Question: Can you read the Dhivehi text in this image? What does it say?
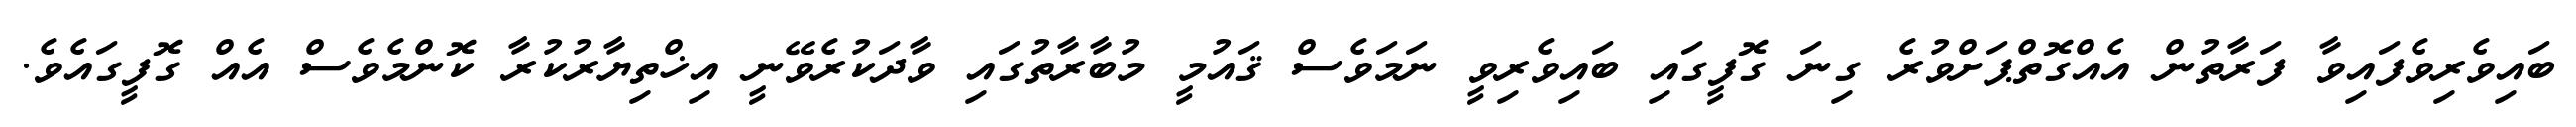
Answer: ބައިވެރިވެފައިވާ ފަރާތުން އެއްގޮތްޕަށްވުރެ ގިނަ ގޮފީގައި ބައިވެރިވީ ނަމަވެސް ޤައުމީ މުބާރާތުގައި ވާދަކުރެވޭނީ އިޚްތިޔާރުކުރާ ކޮންމެވެސް އެއް ގޮފީގައެވެ.